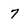
Character: 7